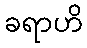
ခရာဟိ